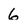
Character: 6